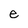
Character: e